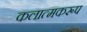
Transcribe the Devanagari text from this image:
कलात्मकरूप